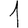
Digit: 1